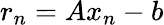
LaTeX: r_{n}=Ax_{n}-b